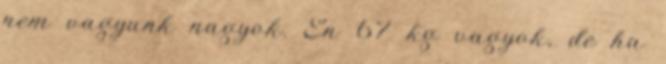
nem vagyunk nagyok. Én 67 kg vagyok, de ha